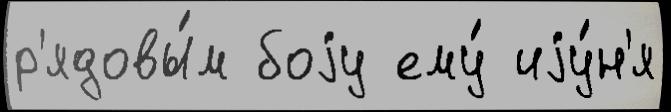
р'ядовы́м боjу ему́ иjу́н'я